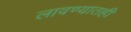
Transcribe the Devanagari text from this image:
लावण्यातही